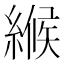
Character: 𦃺